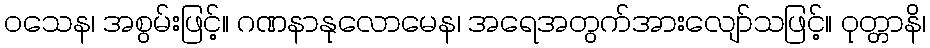
ဝသေန၊ အစွမ်းဖြင့်။ ဂဏနာနုလောမေန၊ အရေအတွက်အားလျော်သဖြင့်။ ဝုတ္တာနိ၊